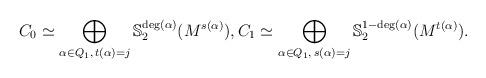
LaTeX: \begin{align*}C_{0}\simeq \bigoplus_{\alpha\in Q_{1},\,t(\alpha)=j}\mathbb{S}_{2}^{\deg(\alpha)}(M^{s(\alpha)}), C_{1} \simeq \bigoplus_{\alpha\in Q_{1},\,s(\alpha)=j}\mathbb{S}_{2}^{1-\deg(\alpha)}(M^{t(\alpha)}).\end{align*}